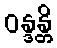
ဝန္ဒန္တိ